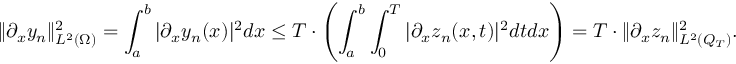
\lVert \partial _ { x } y _ { n } \rVert _ { L ^ { 2 } ( \Omega ) } ^ { 2 } = \int _ { a } ^ { b } | \partial _ { x } y _ { n } ( x ) | ^ { 2 } d x \leq T \cdot \left( \int _ { a } ^ { b } \int _ { 0 } ^ { T } | \partial _ { x } z _ { n } ( x , t ) | ^ { 2 } d t d x \right) = T \cdot \lVert \partial _ { x } z _ { n } \rVert _ { L ^ { 2 } ( Q _ { T } ) } ^ { 2 } .